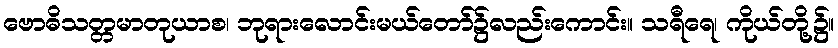
ဗောဓိသတ္တမာတုယာစ၊ ဘုရားလောင်းမယ်တော်၌လည်းကောင်း။ သရီရေ၊ ကိုယ်တို့၌။